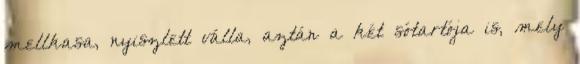
mellkasa, nyiszlett válla, aztán a két sótartója is, mely